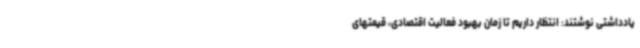
یادداشتی نوشتند: انتظار داریم تا زمان بهبود فعالیت اقتصادی، قیمتهای